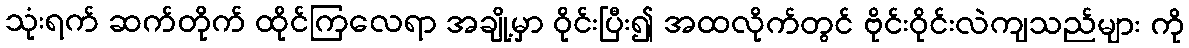
သုံးရက် ဆက်တိုက် ထိုင်ကြလေရာ အချို့မှာ ဝိုင်းပြီး၍ အထလိုက်တွင် ဗိုင်းဝိုင်းလဲကျသည်များ ကို